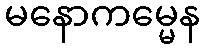
မနောကမ္မေန